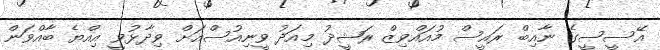
އޭސީސީގެ ނާއިބް ރައީސް މުއައްވިޒް ރަޝީދު މިއަދު ވީނިއުސްއަށް ވިދާޅުވީ އިއްޔެ ބާއްވަން